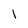
Character: 1